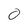
Character: 0